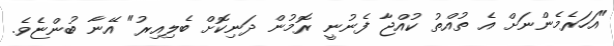
"އަހަރެމެންނަށް އެ ތުއްތު ކުއްޖާ ފެނުނީ ރޮމުން ދަނިކޮށް ބެލިއިރު" އޭނާ ބުންޏެވެ.